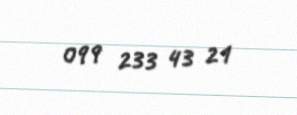
099 233 43 21